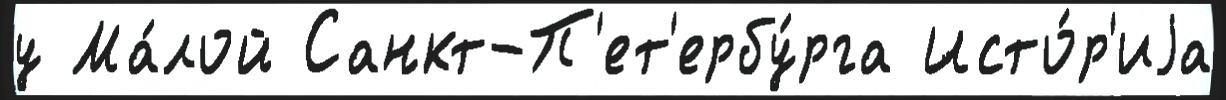
у Ма́лой Санкт-П'ет'ербу́рга Исто́р'иjа